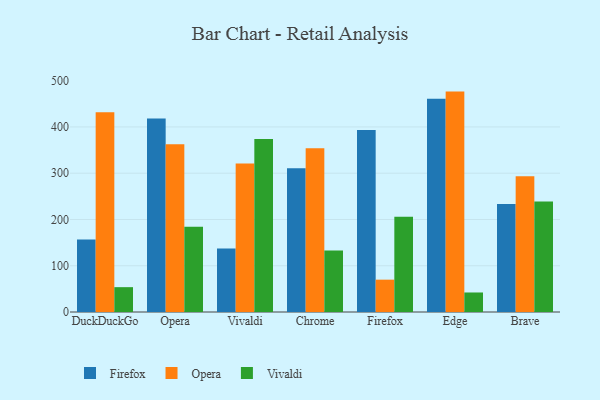
{"axis": {"x": "Browser", "y": "Production Output"}, "legend": ["Firefox", "Opera", "Vivaldi"], "data": [{"x": "DuckDuckGo", "y": 156.9, "type": "Firefox"}, {"x": "DuckDuckGo", "y": 432.0, "type": "Opera"}, {"x": "DuckDuckGo", "y": 53.7, "type": "Vivaldi"}, {"x": "Opera", "y": 418.1, "type": "Firefox"}, {"x": "Opera", "y": 362.8, "type": "Opera"}, {"x": "Opera", "y": 184.1, "type": "Vivaldi"}, {"x": "Vivaldi", "y": 137.3, "type": "Firefox"}, {"x": "Vivaldi", "y": 320.8, "type": "Opera"}, {"x": "Vivaldi", "y": 373.9, "type": "Vivaldi"}, {"x": "Chrome", "y": 310.9, "type": "Firefox"}, {"x": "Chrome", "y": 354.1, "type": "Opera"}, {"x": "Chrome", "y": 133.2, "type": "Vivaldi"}, {"x": "Firefox", "y": 393.2, "type": "Firefox"}, {"x": "Firefox", "y": 69.9, "type": "Opera"}, {"x": "Firefox", "y": 205.9, "type": "Vivaldi"}, {"x": "Edge", "y": 460.9, "type": "Firefox"}, {"x": "Edge", "y": 476.4, "type": "Opera"}, {"x": "Edge", "y": 42.2, "type": "Vivaldi"}, {"x": "Brave", "y": 233.5, "type": "Firefox"}, {"x": "Brave", "y": 293.6, "type": "Opera"}, {"x": "Brave", "y": 238.9, "type": "Vivaldi"}]}